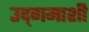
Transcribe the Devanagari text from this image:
उद्‌गमाशी